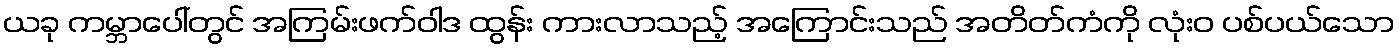
ယခု ကမ္ဘာပေါ်တွင် အကြမ်းဖက်ဝါဒ ထွန်း ကားလာသည့် အကြောင်းသည် အတိတ်ကံကို လုံးဝ ပစ်ပယ်သော